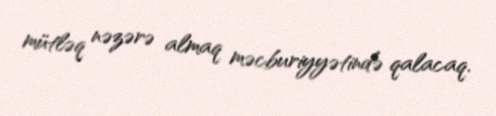
mütləq nəzərə almaq məcburiyyətində qalacaq.